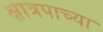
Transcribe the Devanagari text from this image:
क्षात्रपाच्या